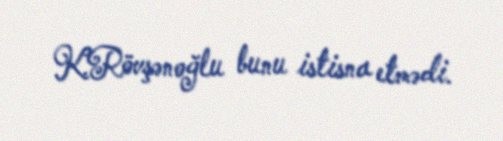
K.Rövşənoğlu bunu istisna etmədi.